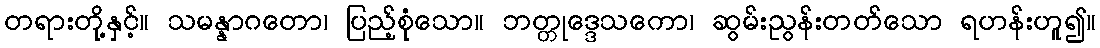
တရားတို့နှင့်။ သမန္နာဂတော၊ ပြည့်စုံသော။ ဘတ္တုဒ္ဒေသကော၊ ဆွမ်းညွန်းတတ်သော ရဟန်းဟူ၍။